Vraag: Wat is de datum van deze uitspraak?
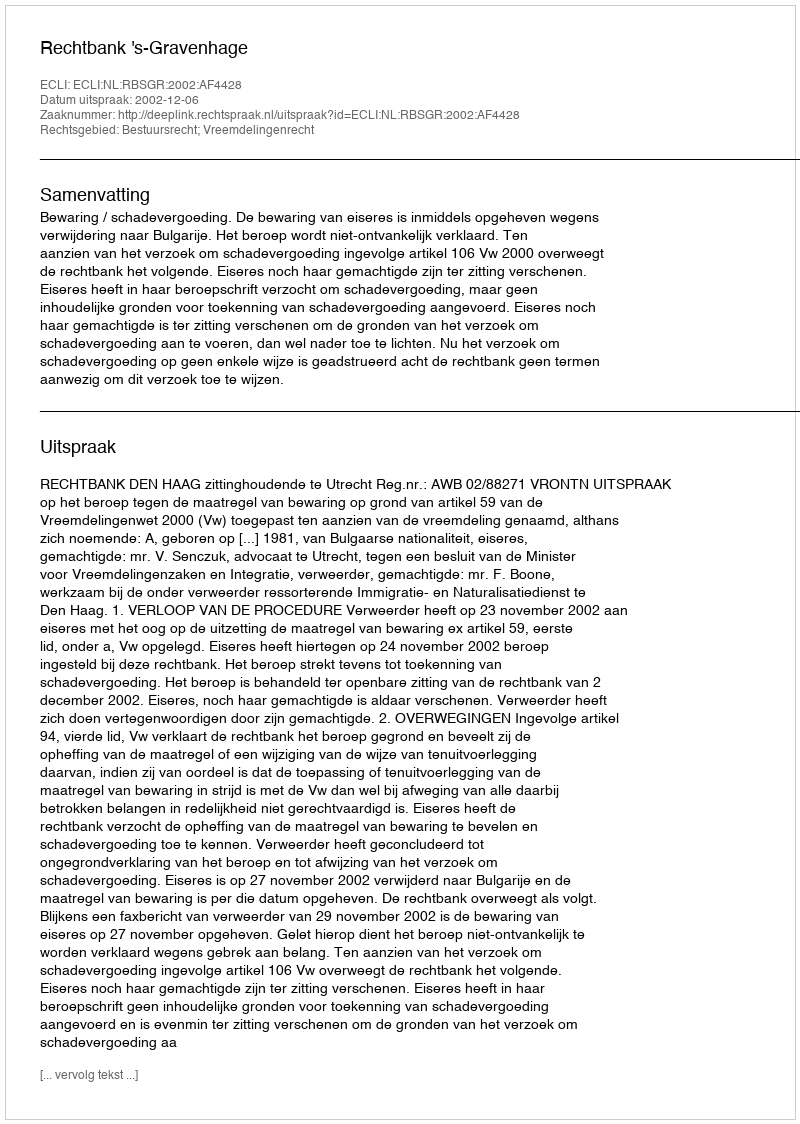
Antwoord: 2002-12-06